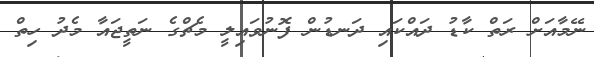
ނޭމާއަށް ރަތް ކާޑު ދައްކައި ދަނޑުން ފޮނުވައިލީ މެޗްގެ ނަތީޖައާ މެދު ހިތް